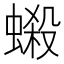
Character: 𧏫